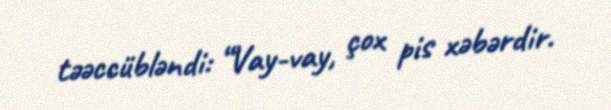
təəccübləndi: “Vay-vay, çox pis xəbərdir.